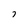
Character: 7